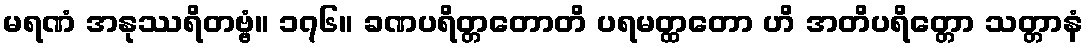
မရဏံ အနုဿရိတဗ္ဗံ။ ၁၇၆။ ခဏပရိတ္တတောတိ ပရမတ္ထတော ဟိ အတိပရိတ္တော သတ္တာနံ